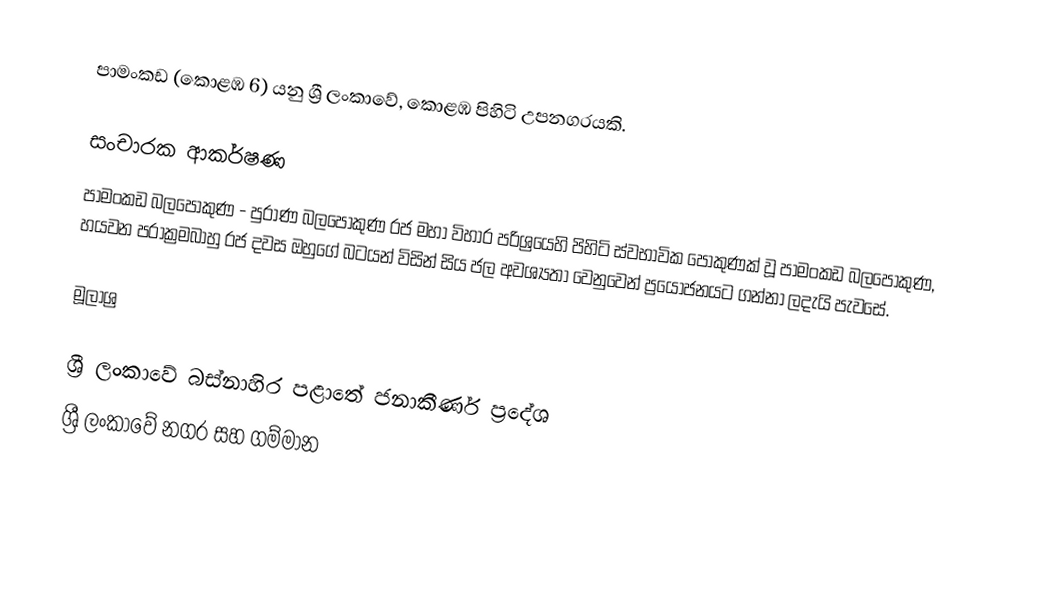
පාමංකඩ (කොළඹ 6) යනු ශ්‍රී ලංකාවේ, කොළඹ පිහිටි උපනගරයකි.

සංචාරක ආකර්ෂණ
පාමංකඩ බලපොකුණ - පුරාණ බලපොකුණ රජ මහා විහාර පරිශ්‍රයෙහි පිහිටි ස්වභාවික පොකුණක් වූ පාමංකඩ බලපොකුණ, හයවන පරාක්‍රමබාහු රජ දවස ඔහුගේ බටයන් විසින් සිය ජල අවශ්‍යතා වෙනුවෙන් ප්‍රයෝජනයට ගන්නා ලදැයි පැවසේ.

මූලාශ්‍ර

ශ්‍රී ලංකාවේ බස්නාහිර පළාතේ ජනාකීර්ණ ප්‍රදේශ
ශ්‍රී ලංකාවේ නගර සහ ගම්මාන